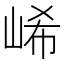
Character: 㟓